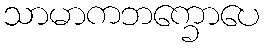
သာမာကဘက္ခောပေ